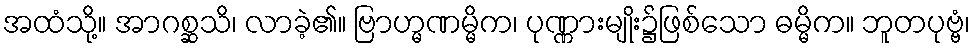
အထံသို့။ အာဂစ္ဆသိ၊ လာခဲ့၏။ ဗြာဟ္မဏမ္မိက၊ ပုဏ္ဏားမျိုး၌ဖြစ်သော ဓမ္မိက။ ဘူတပုဗ္ဗံ၊